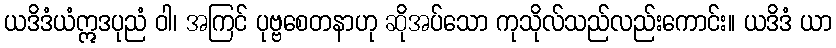
ယဒိဒံယံဣဒပုညံ ဝါ၊ အကြင် ပုဗ္ဗစေတနာဟု ဆိုအပ်သော ကုသိုလ်သည်လည်းကောင်း။ ယဒိဒံ ယာ